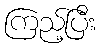
ကြည့်ပြီး